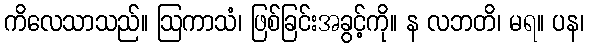
ကိလေသာသည်။ ဩကာသံ၊ ဖြစ်ခြင်းအခွင့်ကို။ န လဘတိ၊ မရ။ ပန၊